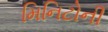
મિનિટોની